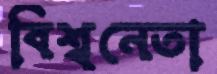
বিশ্বনেতা